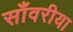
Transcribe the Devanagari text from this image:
साँवरीया